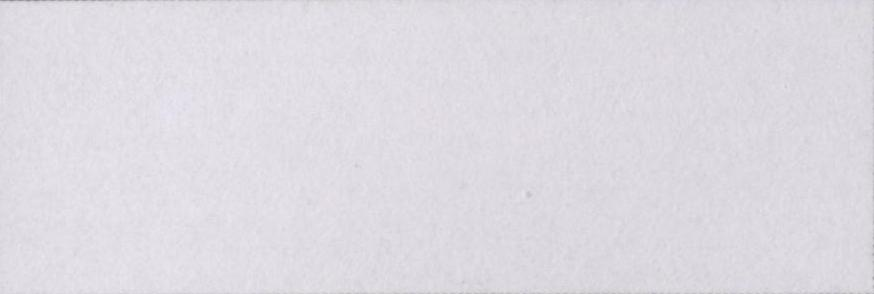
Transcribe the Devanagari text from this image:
इक़बाल